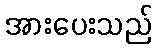
အားပေးသည်